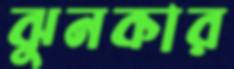
ঝুনকার